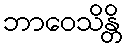
ဘာဝေသိန္တိ